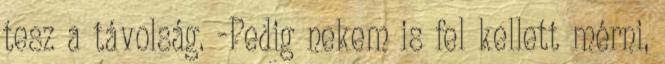
tesz a távolság. -Pedig nekem is fel kellett mérni,